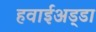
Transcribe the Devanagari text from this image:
हवाईअड्‍डा